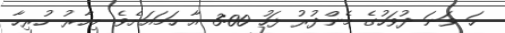
ހަ ވަނަ ދުވަހުގެ މެންދުރު ފަހު 3:00 އާ ހަމައަށެވެ. މިހާރު ހުރިހާ